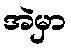
အဲမှာ